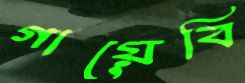
গায়েবি